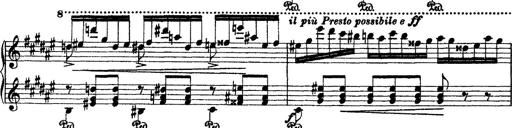
Title: 2 KonzertetÃ¼den
Composer: Franz Liszt